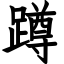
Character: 蹲